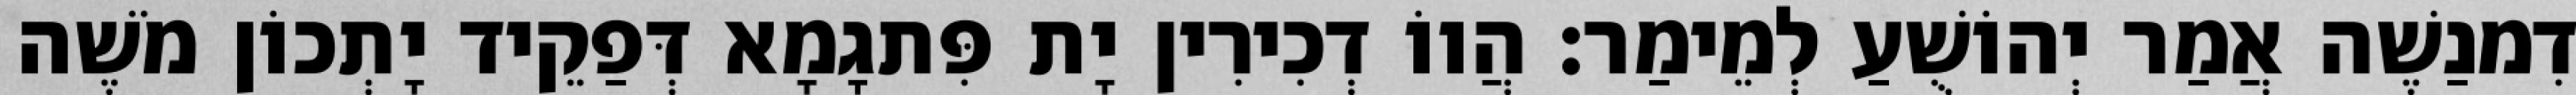
דִמנַשֶׁה אֲמַר יְהוֹשֻׁעַ לְמֵימַר׃ הֲווֹ דְכִירִין יָת פִּתגָמָא דְּפַקֵיד יָתְכוֹן מֹשֶׁה